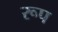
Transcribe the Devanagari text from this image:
रूप